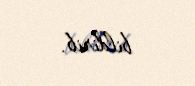
bildirib.